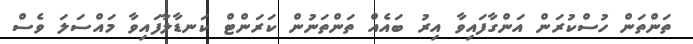
ތަންތަން ހުސްކުރަން އަންގާފައިވާ އިރު ބައެއް ތަންތަނުން ކަރަންޓް ކަނޑާލާފައިވާ މައްސަލަ ވެސް